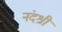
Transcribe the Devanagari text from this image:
नंदश्री